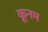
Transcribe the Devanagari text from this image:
कूनम